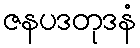
ဇနပဒတုဒနံ